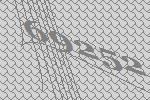
69252